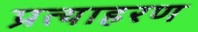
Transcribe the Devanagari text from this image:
प्रत्याहरण